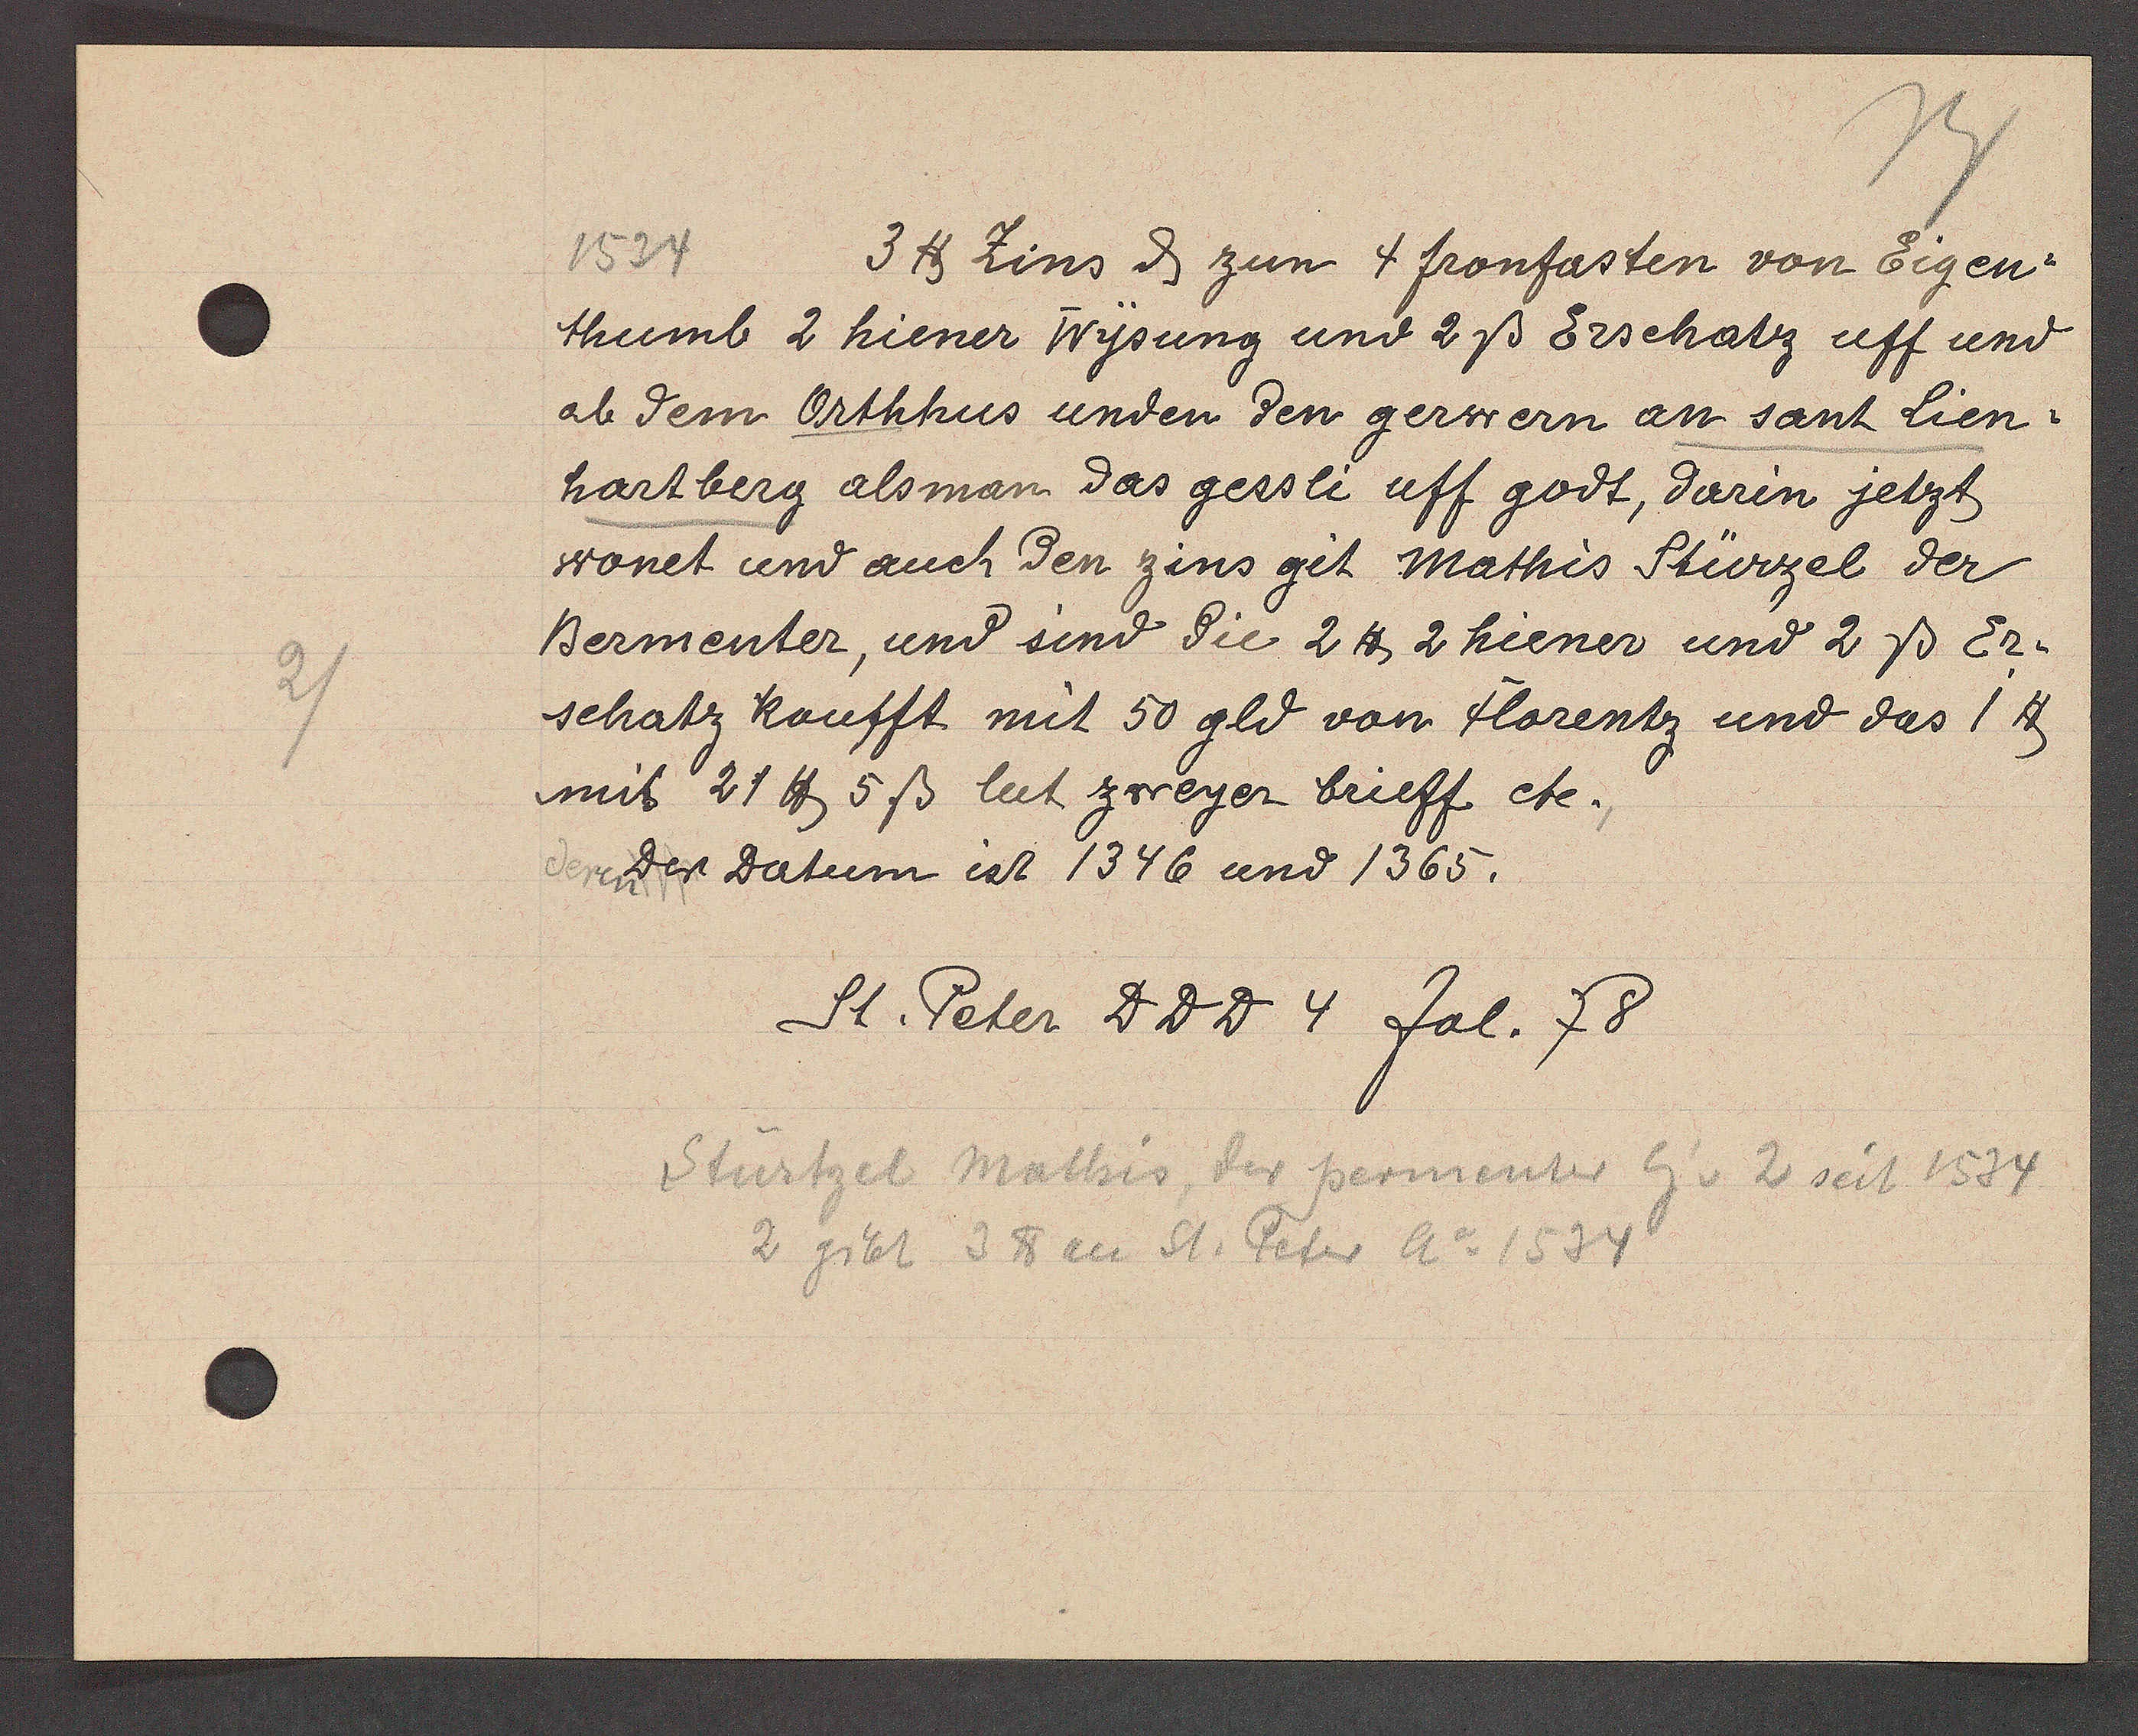
Transcript:
2/

1534
3 ℔ Zins ȡ zun 4 fronfasten von Eigen¬
thumb 2 hiener Wysung und 2ß Erschatz uff und
ab dem Orthhus unden den gerwern an sant Lien¬
hartberg als man das gessli uff godt, darin jetzt
wonet und auch den zins git Mathis Stürzel der
Bermenter, und sind die 2 ℔ 2 hiener und 2ß Er¬
schatz koufft mit 50 gld von florentz und das 1 ℔
mib 21 ℔ 5ß lut zweyer brieff etc.
der Datum ist 1346 und 1365.

St. Peter DDD 4 fol. 78

Stürtzel Mathis, der permenter Eig.v 2 seit 1534
2 gibt 3 ℔ an St. Peter Ao 1534